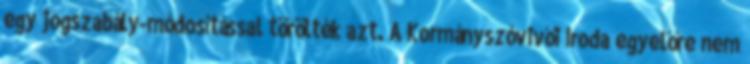
egy jogszabály-módosítással törölték azt. A Kormányszóvivői Iroda egyelőre nem